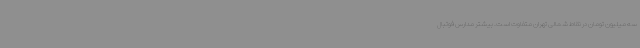
سه میلیون تومان در نقاط شمالی تهران متفاوت است. بیشتر مدارس فوتبال